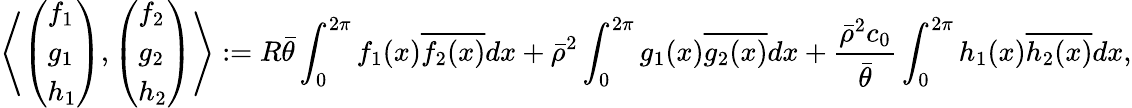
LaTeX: \left\langle\left(\begin{array}{l}{f_{1}}\\ {g_{1}}\\ {h_{1}}\end{array}\right),\left(\begin{array}{l}{f_{2}}\\ {g_{2}}\\ {h_{2}}\end{array}\right)\right\rangle:=R\bar{\theta}\int_{0}^{2\pi}f_{1}(x)\overline{{f_{2}(x)}}dx+\bar{\rho}^{2}\int_{0}^{2\pi}g_{1}(x)\overline{{g_{2}(x)}}dx+\frac{\bar{\rho}^{2}c_{0}}{\bar{\theta}}\int_{0}^{2\pi}h_{1}(x)\overline{{h_{2}(x)}}dx,